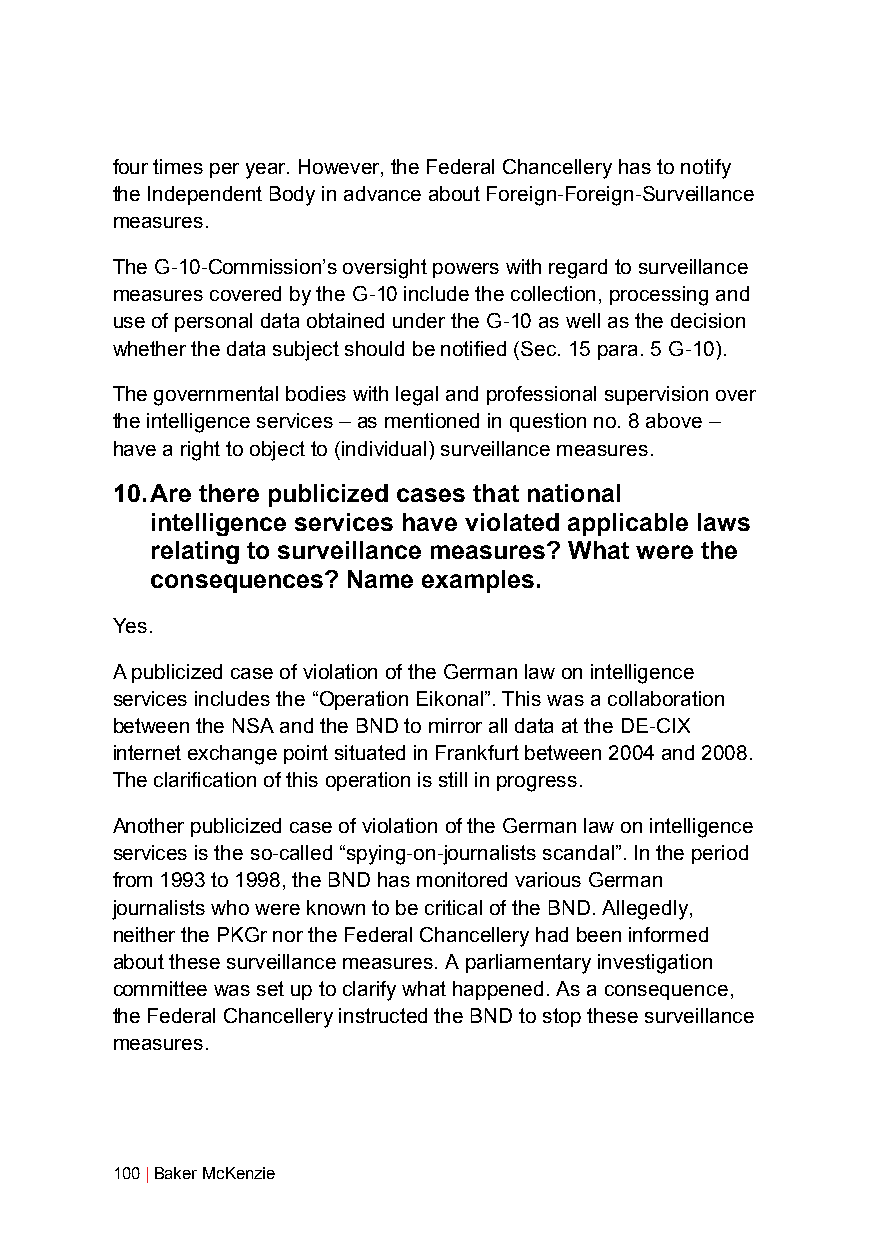
four times per year. However, the Federal Chancellery has to notify
 the Independent Body in advance about Foreign-Foreign-Surveillance
 measures.
 The G-10-Commission’s oversight powers with regard to surveillance
 measures covered by the G-10 include the collection, processing and
 use of personal data obtained under the G-10 as well as the decision
 whether the data subject should be notified (Sec. 15 para. 5 G-10).
 The governmental bodies with legal and professional supervision over
 the intelligence services – as mentioned in question no. 8 above –
 have a right to object to (individual) surveillance measures.
 10. Are there publicized cases that national
 intelligence services have violated applicable laws
 relating to surveillance measures? What were the
 consequences? Name examples.
 Yes.
 A publicized case of violation of the German law on intelligence
 services includes the “Operation Eikonal”. This was a collaboration
 between the NSA and the BND to mirror all data at the DE-CIX
 internet exchange point situated in Frankfurt between 2004 and 2008.
 The clarification of this operation is still in progress.
 Another publicized case of violation of the German law on intelligence
 services is the so-called “spying-on-journalists scandal”. In the period
 from 1993 to 1998, the BND has monitored various German
 journalists who were known to be critical of the BND. Allegedly,
 neither the PKGr nor the Federal Chancellery had been informed
 about these surveillance measures. A parliamentary investigation
 committee was set up to clarify what happened. As a consequence,
 the Federal Chancellery instructed the BND to stop these surveillance
 measures.
 100 | Baker McKenzie